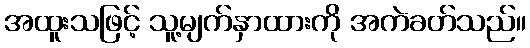
အထူးသဖြင့် သူ့မျက်နှာထားကို အကဲခတ်သည်။